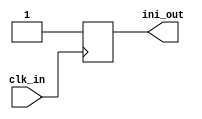
module init(
    input wire clk_in,
    output ini_out
);

reg ini_out = 0;

always @(posedge(clk_in))
    ini_out <= 1;

endmodule